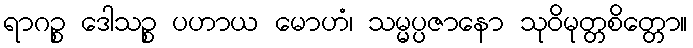
ရာဂဉ္စ ဒေါသဉ္စ ပဟာယ မောဟံ၊ သမ္မပ္ပဇာနော သုဝိမုတ္တစိတ္တော။